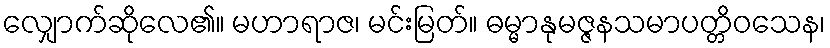
လျှောက်ဆိုလေ၏။ မဟာရာဇ၊ မင်းမြတ်။ ဓမ္မာနုမဇ္ဇနသမာပတ္တိဝသေန၊